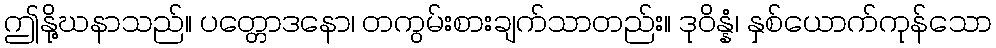
ဤနို့ဃနာသည်။ ပတ္တောဒနော၊ တကွမ်းစားချက်သာတည်း။ ဒုဝိန္နံ၊ နှစ်ယောက်ကုန်သော